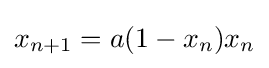
{\displaystyle x_{n+1}=a(1-x_{n})x_{n}}